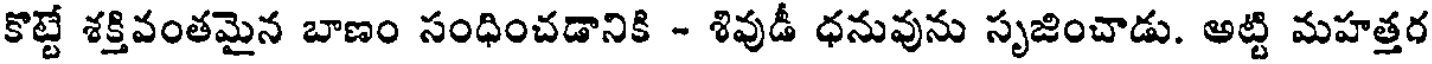
కొట్టే శక్తివంతమైన బాణం సంధించడానికి - శివుడీ ధనువును సృజించాడు. అట్టి మహత్తర